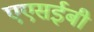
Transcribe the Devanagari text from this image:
एएसईबी